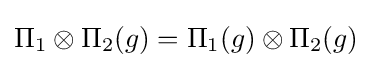
\Pi _{1}\otimes \Pi _{2}(g)=\Pi _{1}(g)\otimes \Pi _{2}(g)